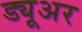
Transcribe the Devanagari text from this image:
ड्यूअर